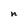
Character: n